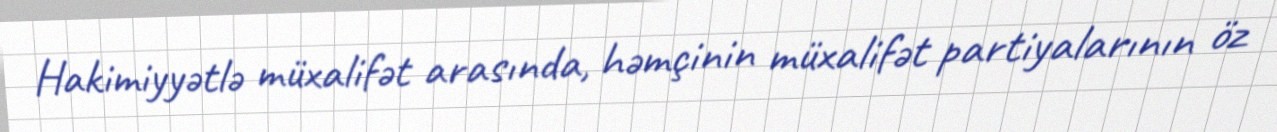
Hakimiyyətlə müxalifət arasında, həmçinin müxalifət partiyalarının öz